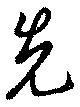
先